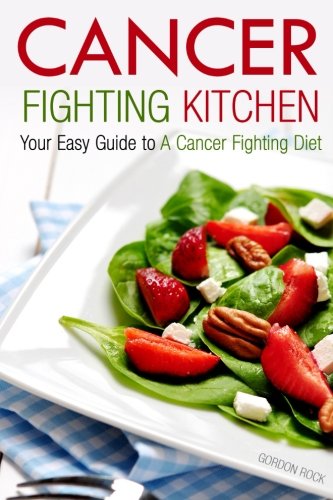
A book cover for Cancer Fighting Kitchen: Your Easy Guide to a Cancer Fighting Diet; Gordon Rock; Cookbooks, Food & Wine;